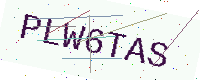
Text: PLW6TAS